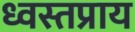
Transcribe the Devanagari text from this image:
ध्वस्तप्राय